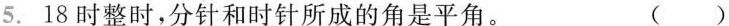
5. 18时整时，分针和时针所成的角是平角。 ( )